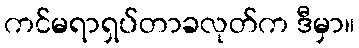
ကင်မရာရှပ်တာခလုတ်က ဒီမှာ။